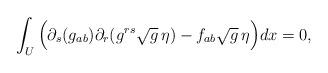
LaTeX: \begin{align*}\int_U \Big( \partial_s (g_{ab}) \partial_r(g^{rs }\sqrt{g} \, \eta) - f_{ab} \sqrt{g} \, \eta \Big) dx = 0,\end{align*}